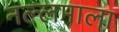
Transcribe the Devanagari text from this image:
नल्लमाला